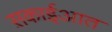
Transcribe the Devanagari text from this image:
स़काईआत